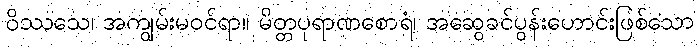
ဝိဿသေ၊ အကျွမ်းမဝင်ရာ။ မိတ္တပုရာဏစောရံ၊ အဆွေခင်ပွန်းဟောင်းဖြစ်သော